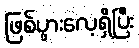
ဖြစ်ပွားလေ့ရှိပြီး